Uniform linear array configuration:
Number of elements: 32
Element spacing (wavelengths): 0.25
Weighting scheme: blackman
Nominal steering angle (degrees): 30
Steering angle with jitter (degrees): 28.523
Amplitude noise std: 0.05
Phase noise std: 0.05

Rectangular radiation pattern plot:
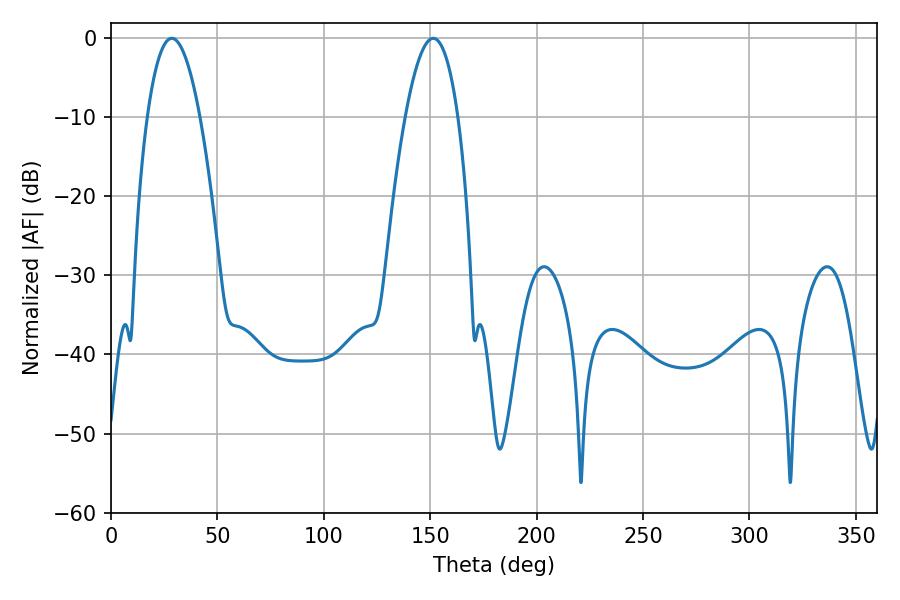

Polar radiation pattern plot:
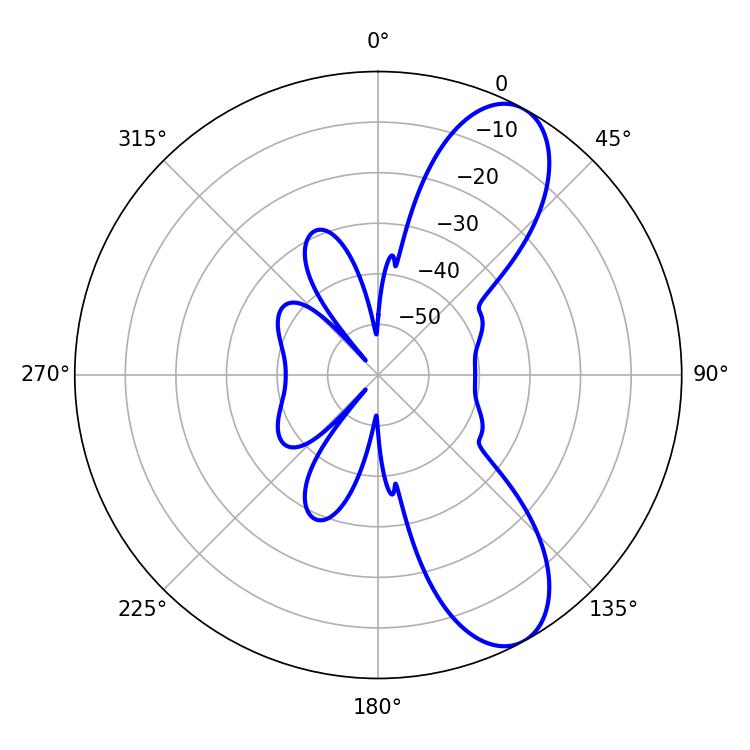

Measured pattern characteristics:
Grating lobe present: FALSE
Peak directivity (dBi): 9.093
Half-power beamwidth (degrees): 13.68
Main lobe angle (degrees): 28.62